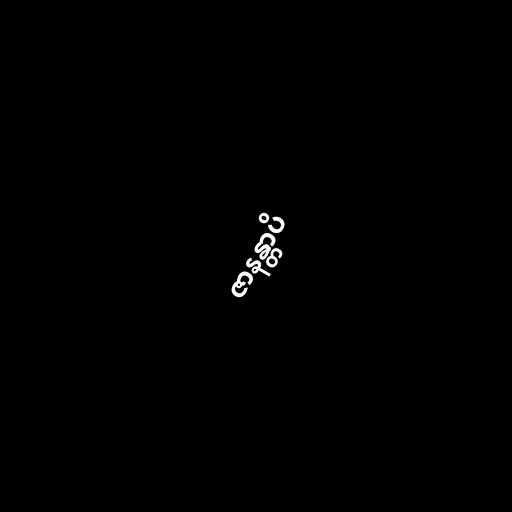
ဇာနန္တာပိ